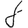
Digit: 8